Civil Veterinary Dept. Assam report 1911-1927 - 1911-1927
Year: 1911
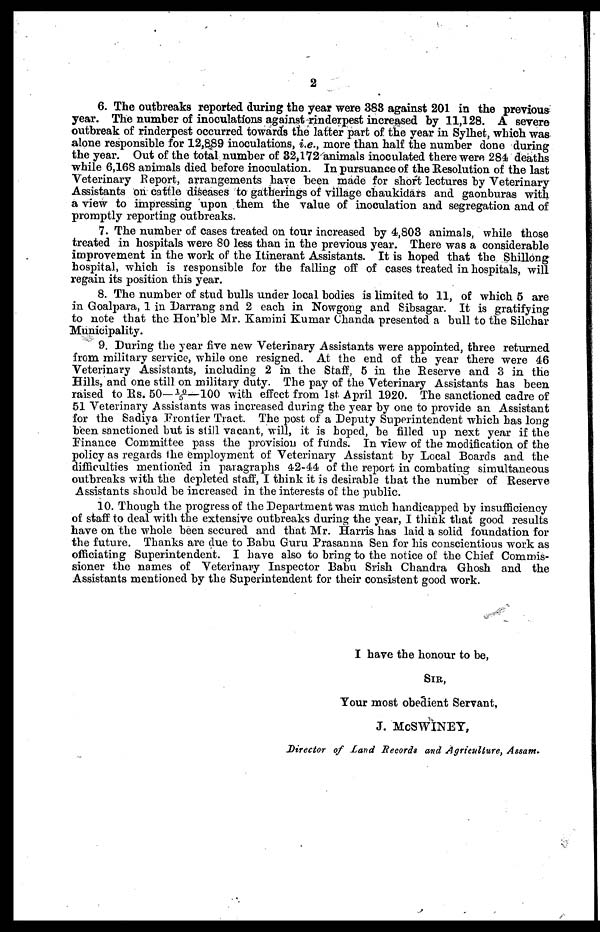
2
6. The outbreaks reported during the year were 388 against 201 in the previous
year. The number of inoculations against rinderpest increased by 11,128. A severe
outbreak of rinderpest occurred towards the latter part of the year in Sylhet, which was
alone responsible for 12,889 inoculations, i.e., more than half the number done during
the year. Out of the total number of 32,172 animals inoculated there were 284 deaths
while 6,168 animals died before inoculation. In pursuance of the Resolution of the last
Veterinary Report, arrangements have been made for short lectures by Veterinary
Assistants on cattle diseases to gatherings of village chaukidars and gaonburas with
a view to impressing upon them the value of inoculation and segregation and of
promptly reporting outbreaks.
7. The number of cases treated on tour increased by 4,803 animals, while those
treated in hospitals were 80 less than in the previous year. There was a considerable
improvement in the work of the Itinerant Assistants. It is hoped that the Shillong
hospital, which is responsible for the falling off of cases treated in hospitals, will
regain its position this year.
8. The number of stud bulls under local bodies is limited to 11, of which 5 are
in Goalpara, 1 in Darrang and 2 each in Nowgong and Sibsagar. It is gratifying
to note that the Hon'ble Mr. Kamini Kumar Chanda presented a bull to the Silchar
Municipality.
9. During the year five new Veterinary Assistants were appointed, three returned
from military service, while one resigned. At the end of the year there were 46
Veterinary Assistants, including 2 in the Staff, 5 in the Reserve and 3 in the
Hills, and one still on military duty. The pay of the Veterinary Assistants has been
raised to Rs. 50—10/5—100 with effect from 1st April 1920. The sanctioned cadre of
51 Veterinary Assistants was increased during the year by one to provide an Assistant
for the Sadiya Frontier Tract. The post of a Deputy Superintendent which has long
been sanctioned but is still vacant, will, it is hoped, be filled up next year if the
Finance Committee pass the provision of funds. In view of the modification of the
policy as regards the employment of Veterinary Assistant by Local Boards and the
difficulties mentioned in paragraphs 42-44 of the report in combating simultaneous
outbreaks with the depleted staff, I think it is desirable that the number of Reserve
Assistants should be increased in the interests of the public.
10. Though the progress of the Department was much handicapped by insufficiency
of staff to deal with the extensive outbreaks during the year, I think that good results
have on the whole been secured and that Mr. Harris has laid a solid foundation for
the future. Thanks are due to Babu Guru Prasanna Sen for his conscientious work as
officiating Superintendent. I have also to bring to the notice of the Chief Commis-
sioner the names of Veterinary Inspector Babu Srish Chandra Ghosh and the
Assistants mentioned by the Superintendent for their consistent good work.
I have the honour to be,
SIR,
Tour most obedient Servant,
J. McSWINEY,
Director of Land Records and Agriculture, Assam.